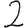
Digit: 2